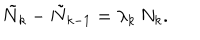
LaTeX: \tilde { N } _ { k } - \tilde { N } _ { k - 1 } = \lambda _ { k } \, N _ { k } .